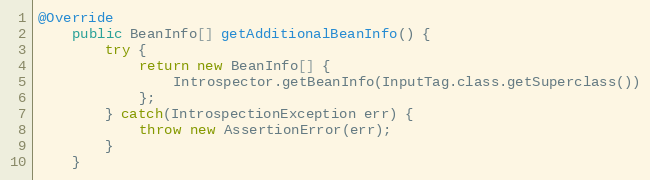
Language: Java
@Override
	public BeanInfo[] getAdditionalBeanInfo() {
		try {
			return new BeanInfo[] {
				Introspector.getBeanInfo(InputTag.class.getSuperclass())
			};
		} catch(IntrospectionException err) {
			throw new AssertionError(err);
		}
	}